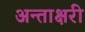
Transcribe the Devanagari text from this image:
अन्ताक्षरी